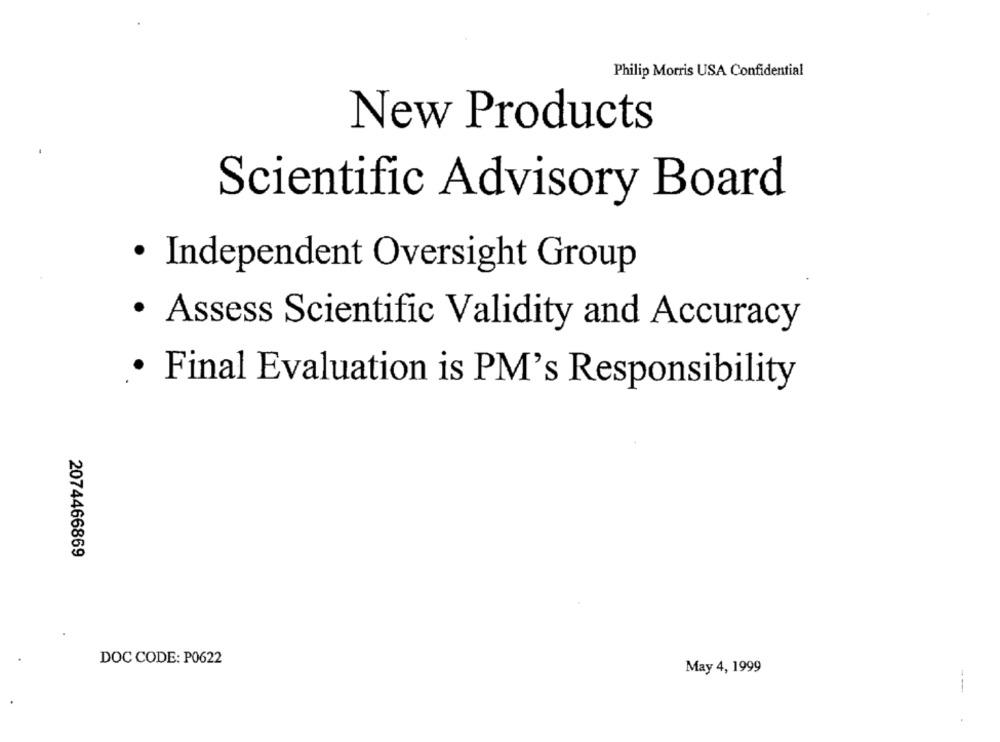
Philip Morris USA Confidential
New Products
Scientific Advisory Board
· Independent Oversight Group
· Assess Scientific Validity and Accuracy
· Final Evaluation is PM's Responsibility
2074466869
DOC CODE: P0622
May 4, 1999
--